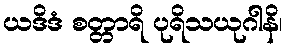
ယဒိဒံ စတ္တာရိ ပုရိသယုဂါနိ၊